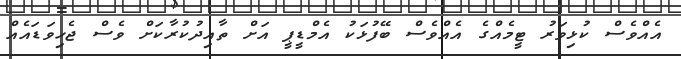
އެއްވެސް ކުޅިވަރު ޓީމެއްގެ އެއްވެސް ބޭފުޅަކު އެމްޑީޕީ އަށް ތާއިދުކުރާކަށް ވެސް ޖެހިވަޑައެއް